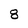
Character: 8